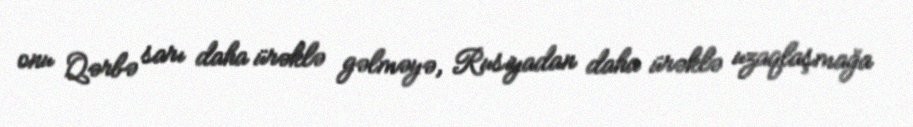
onu Qərbə sarı daha ürəklə gəlməyə, Rusiyadan daha ürəklə uzaqlaşmağa